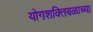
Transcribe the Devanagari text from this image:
योगशक्तिबळाच्या